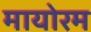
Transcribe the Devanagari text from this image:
मायोरम